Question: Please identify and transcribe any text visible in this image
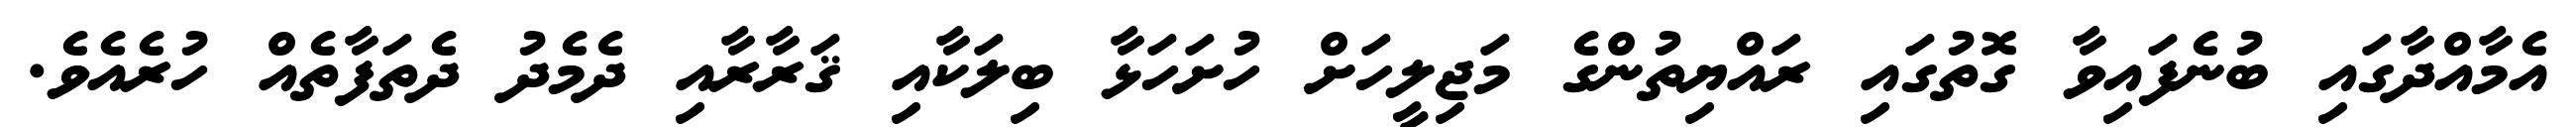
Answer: އެމާއްދާގައި ބުނެފައިވާ ގޮތުގައި ރައްޔިތުންގެ މަޖިލީހަށް ހުށަހަޅާ ބިލަކާއި ޤަރާރާއި ދެމެދު ދެތަފާތެއް ހުރެއެވެ.